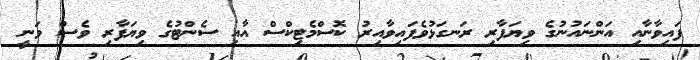
ފައިވާނާއި އަންނައުނުގެ ވިޔަފާރި ރަނގަޅުވެފައިވާއިރު ކޮސްމެޓިކްސް އާއި ސެންޓުގެ ވިޔަފާރި ވެސް ވަނީ